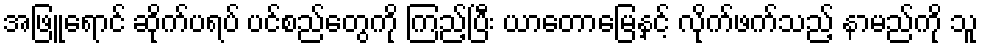
အဖြူရောင် ဆိုက်ပရပ် ပင်စည်တွေကို ကြည့်ပြီး ယာတောမြေနှင့် လိုက်ဖက်သည့် နာမည်ကို သူ